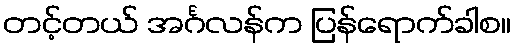
တင့်တယ် အင်္ဂလန်က ပြန်ရောက်ခါစ။